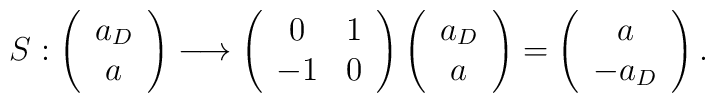
S: \left( \begin{array}{c}        a_{D}  \\ a \end{array} \right) \longrightarrow \left(\begin{array}{cc}                                                                 0 & 1 \\                                                                -1 & 0                                                               \end{array}\right) \left( \begin{array}{c} a_{D} \\ a \end{array} \right) =        \left( \begin{array}{c}                a \\ -a_{D}               \end{array} \right).